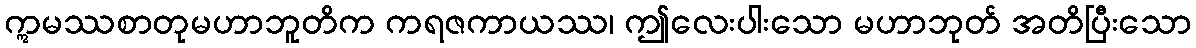
ဣမဿစာတုမဟာဘူတိက ကရဇကာယဿ၊ ဤလေးပါးသော မဟာဘုတ် အတိပြီးသော